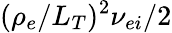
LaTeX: (\rho_{e}/L_{T})^{2}\nu_{ei}/2